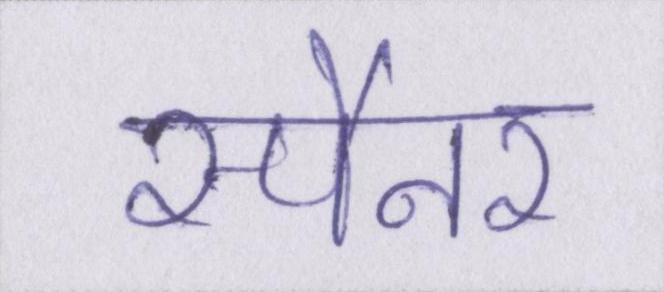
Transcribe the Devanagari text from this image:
स्पैनर